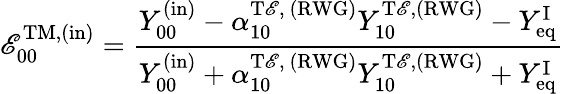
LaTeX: \mathscr{E}_{00}^{\mathrm{{TM,(in)}}}=\frac{{Y_{00}^{\mathrm{{(in)}}}-\alpha_{10}^{\mathrm{{T\mathscr{E},~(RWG)}}}Y_{10}^{\mathrm{{T\mathscr{E}}},\mathrm{{(RWG)}}}-Y_{\mathrm{{eq}}}^{\mathrm{{I}}}}}{{Y_{00}^{\mathrm{{(in)}}}+\alpha_{10}^{\mathrm{{T\mathscr{E},~(RWG)}}}Y_{10}^{\mathrm{{T\mathscr{E}}},\mathrm{{(RWG)}}}+Y_{\mathrm{{eq}}}^{\mathrm{{I}}}}}